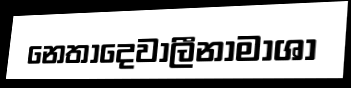
නෙතාදෙවාලීනාමාශා